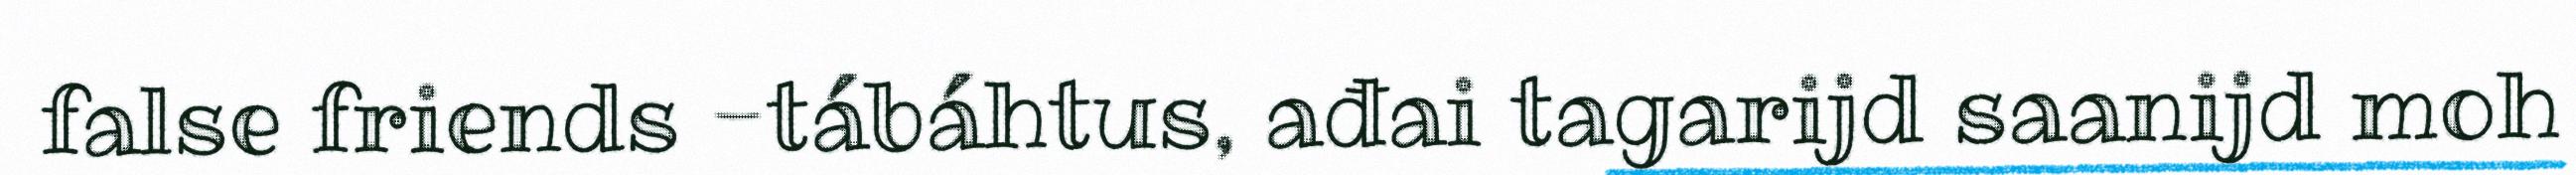
false friends -tábáhtus, ađai tagarijd saanijd moh